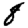
Digit: 8